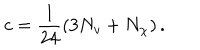
c = \frac { 1 } { 2 4 } \left( 3 N _ { v } + N _ { \chi } \right) .